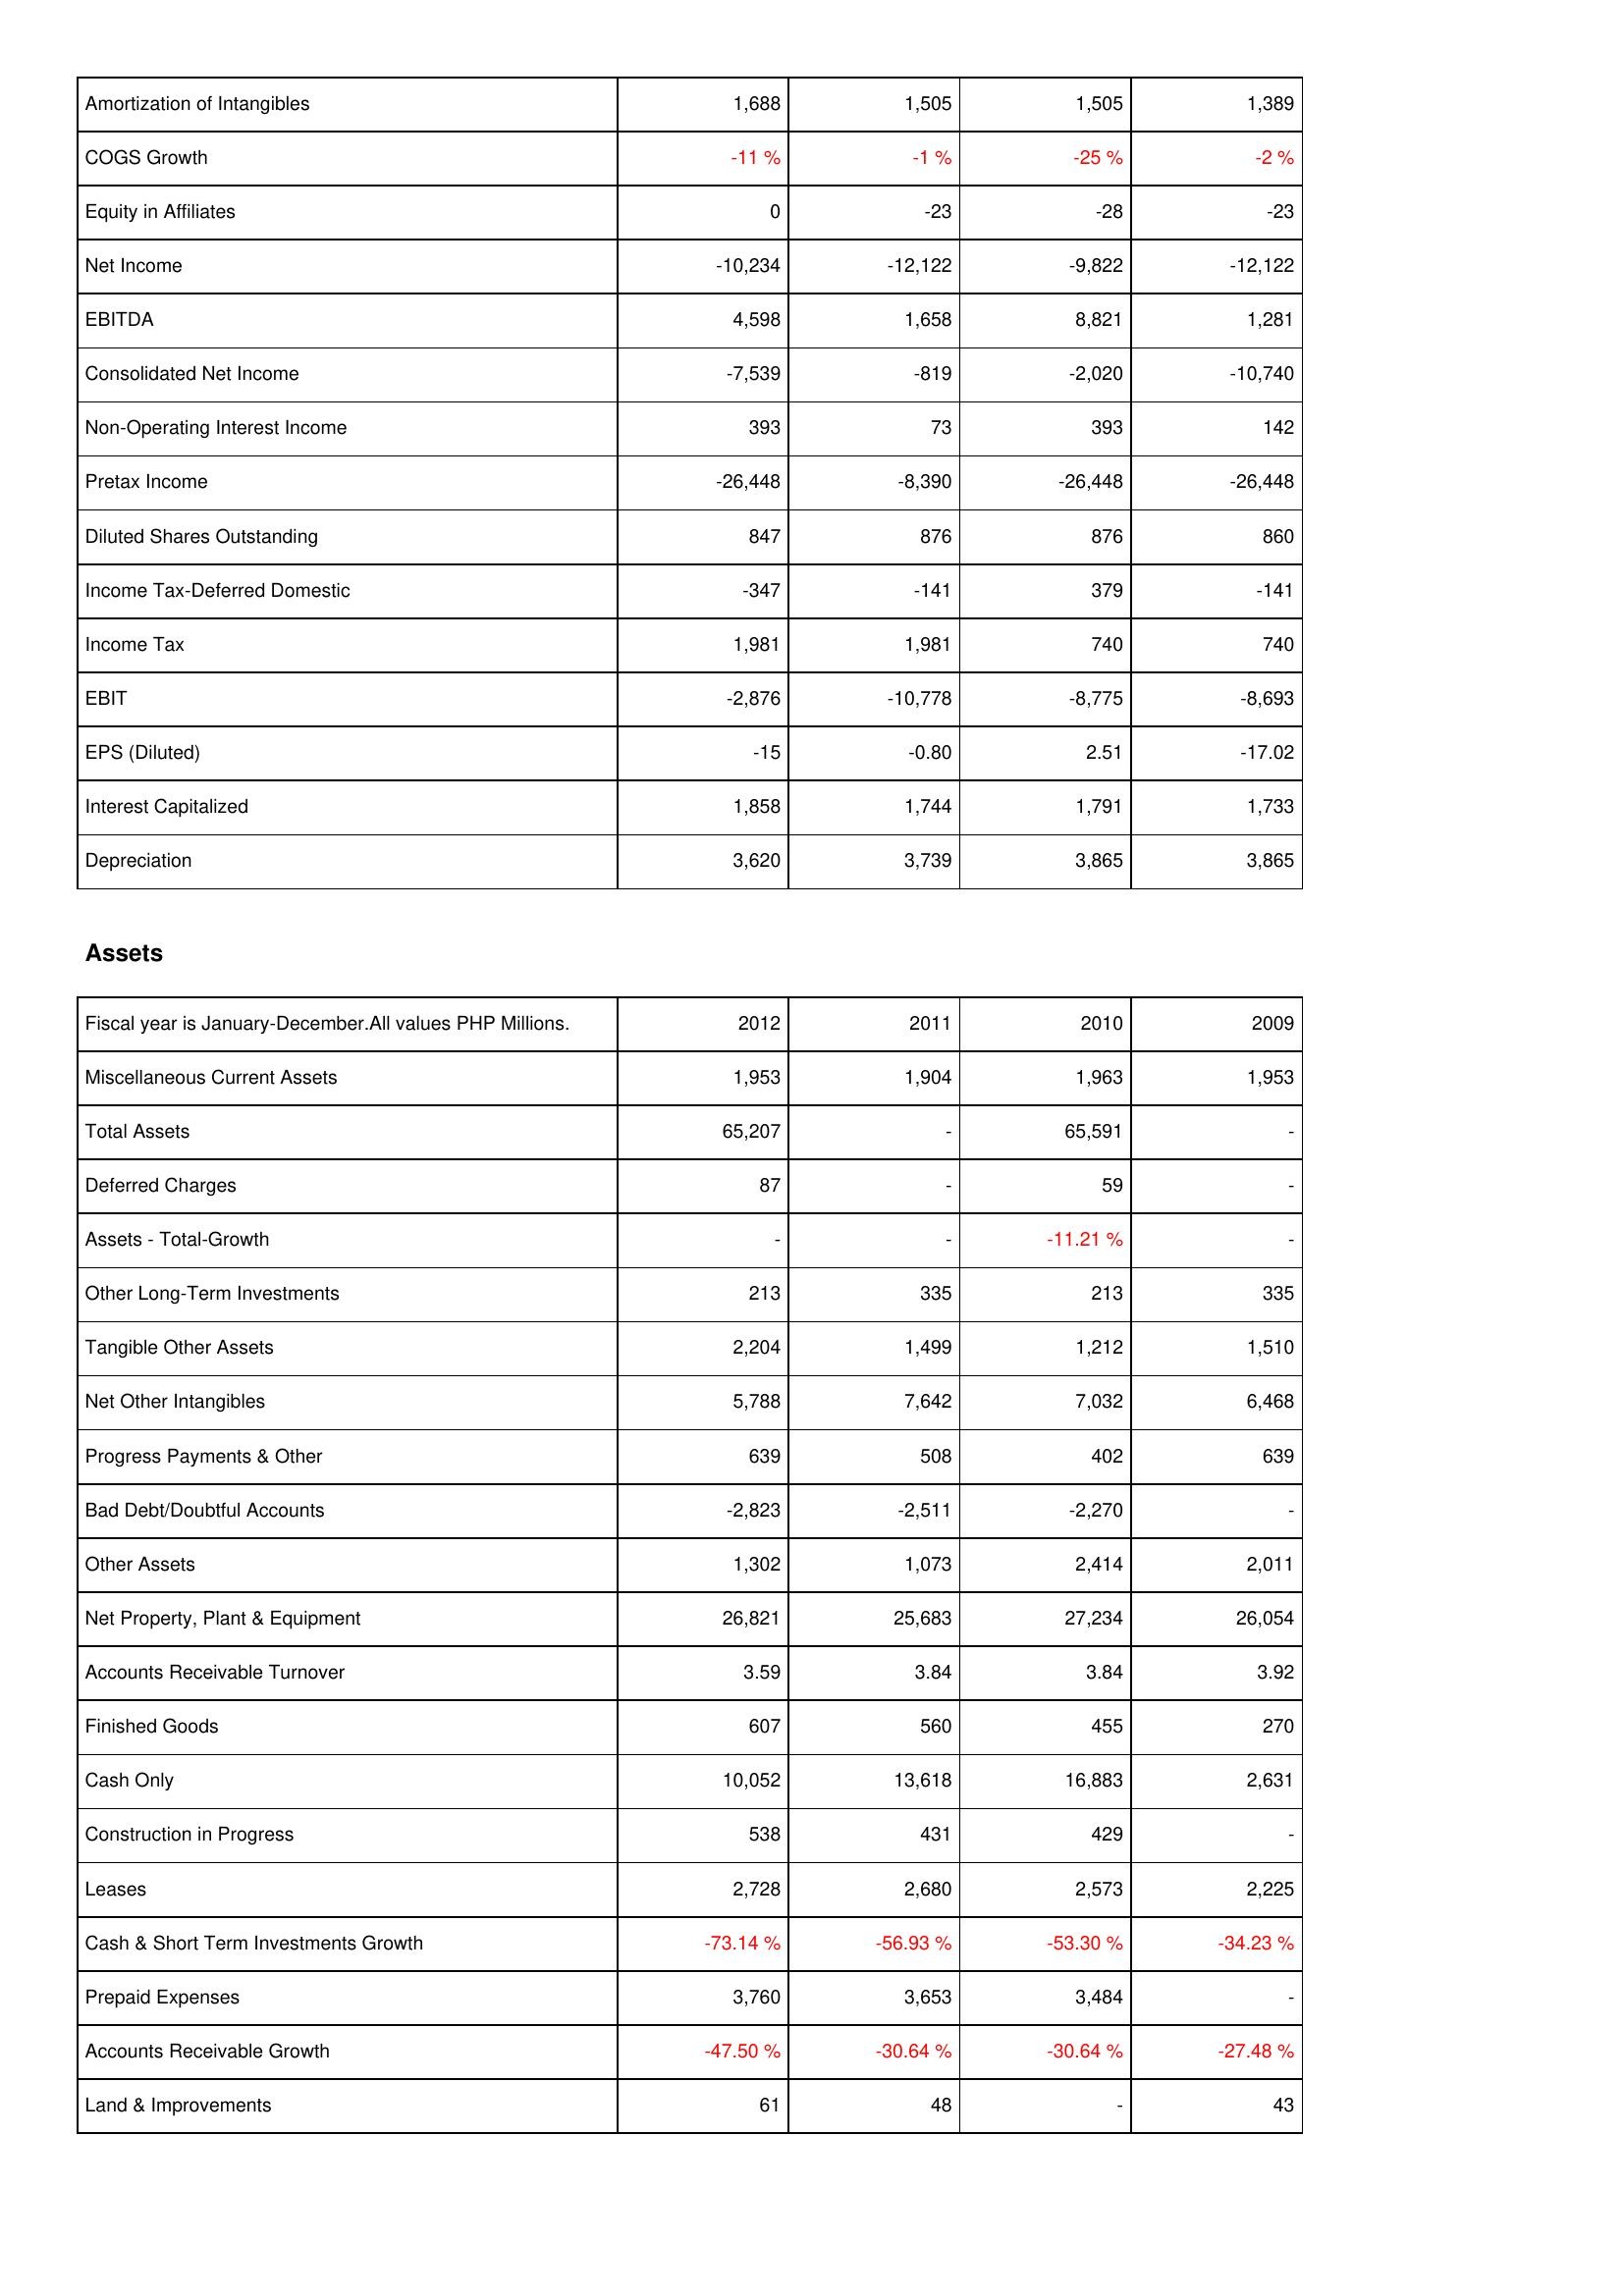
2012: Income Statement: Amortization of Intangibles: 1,688
COGS Growth: -11 %
Equity in Affiliates: 0
Net Income: -10,234
EBITDA: 4,598
Consolidated Net Income: -7,539
Non-Operating Interest Income: 393
Pretax Income: -26,448
Diluted Shares Outstanding: 847
Income Tax-Deferred Domestic: -347
Income Tax: 1,981
EBIT: -2,876
EPS (Diluted): -15
Interest Capitalized: 1,858
Depreciation: 3,620
Assets: Miscellaneous Current Assets: 1,953
Total Assets: 65,207
Deferred Charges: 87
Assets - Total-Growth: -
Other Long-Term Investments: 213
Tangible Other Assets: 2,204
Net Other Intangibles: 5,788
Progress Payments & Other: 639
Bad Debt/Doubtful Accounts: -2,823
Other Assets: 1,302
Net Property, Plant & Equipment: 26,821
Accounts Receivable Turnover: 3.59
Finished Goods: 607
Cash Only: 10,052
Construction in Progress: 538
Leases: 2,728
Cash & Short Term Investments Growth: -73.14 %
Prepaid Expenses: 3,760
Accounts Receivable Growth: -47.50 %
Land & Improvements: 61
2011: Income Statement: Amortization of Intangibles: 1,505
COGS Growth: -1 %
Equity in Affiliates: -23
Net Income: -12,122
EBITDA: 1,658
Consolidated Net Income: -819
Non-Operating Interest Income: 73
Pretax Income: -8,390
Diluted Shares Outstanding: 876
Income Tax-Deferred Domestic: -141
Income Tax: 1,981
EBIT: -10,778
EPS (Diluted): -0.80
Interest Capitalized: 1,744
Depreciation: 3,739
Assets: Miscellaneous Current Assets: 1,904
Total Assets: -
Deferred Charges: -
Assets - Total-Growth: -
Other Long-Term Investments: 335
Tangible Other Assets: 1,499
Net Other Intangibles: 7,642
Progress Payments & Other: 508
Bad Debt/Doubtful Accounts: -2,511
Other Assets: 1,073
Net Property, Plant & Equipment: 25,683
Accounts Receivable Turnover: 3.84
Finished Goods: 560
Cash Only: 13,618
Construction in Progress: 431
Leases: 2,680
Cash & Short Term Investments Growth: -56.93 %
Prepaid Expenses: 3,653
Accounts Receivable Growth: -30.64 %
Land & Improvements: 48
2010: Income Statement: Amortization of Intangibles: 1,505
COGS Growth: -25 %
Equity in Affiliates: -28
Net Income: -9,822
EBITDA: 8,821
Consolidated Net Income: -2,020
Non-Operating Interest Income: 393
Pretax Income: -26,448
Diluted Shares Outstanding: 876
Income Tax-Deferred Domestic: 379
Income Tax: 740
EBIT: -8,775
EPS (Diluted): 2.51
Interest Capitalized: 1,791
Depreciation: 3,865
Assets: Miscellaneous Current Assets: 1,963
Total Assets: 65,591
Deferred Charges: 59
Assets - Total-Growth: -11.21 %
Other Long-Term Investments: 213
Tangible Other Assets: 1,212
Net Other Intangibles: 7,032
Progress Payments & Other: 402
Bad Debt/Doubtful Accounts: -2,270
Other Assets: 2,414
Net Property, Plant & Equipment: 27,234
Accounts Receivable Turnover: 3.84
Finished Goods: 455
Cash Only: 16,883
Construction in Progress: 429
Leases: 2,573
Cash & Short Term Investments Growth: -53.30 %
Prepaid Expenses: 3,484
Accounts Receivable Growth: -30.64 %
Land & Improvements: -
2009: Income Statement: Amortization of Intangibles: 1,389
COGS Growth: -2 %
Equity in Affiliates: -23
Net Income: -12,122
EBITDA: 1,281
Consolidated Net Income: -10,740
Non-Operating Interest Income: 142
Pretax Income: -26,448
Diluted Shares Outstanding: 860
Income Tax-Deferred Domestic: -141
Income Tax: 740
EBIT: -8,693
EPS (Diluted): -17.02
Interest Capitalized: 1,733
Depreciation: 3,865
Assets: Miscellaneous Current Assets: 1,953
Total Assets: -
Deferred Charges: -
Assets - Total-Growth: -
Other Long-Term Investments: 335
Tangible Other Assets: 1,510
Net Other Intangibles: 6,468
Progress Payments & Other: 639
Bad Debt/Doubtful Accounts: -
Other Assets: 2,011
Net Property, Plant & Equipment: 26,054
Accounts Receivable Turnover: 3.92
Finished Goods: 270
Cash Only: 2,631
Construction in Progress: -
Leases: 2,225
Cash & Short Term Investments Growth: -34.23 %
Prepaid Expenses: -
Accounts Receivable Growth: -27.48 %
Land & Improvements: 43